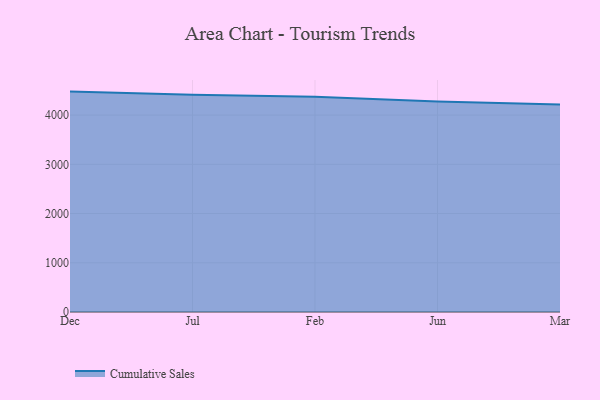
{"axis": {"x": "Month", "y": "Gross Profit (USD K)"}, "legend": ["Cumulative Sales"], "data": [{"x": "Dec", "y": 4477.4, "type": "Cumulative Sales"}, {"x": "Jul", "y": 4414.7, "type": "Cumulative Sales"}, {"x": "Feb", "y": 4370.6, "type": "Cumulative Sales"}, {"x": "Jun", "y": 4274.2, "type": "Cumulative Sales"}, {"x": "Mar", "y": 4213.8, "type": "Cumulative Sales"}]}